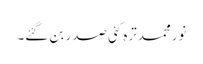
نورمحمدترہ کئی صدر بن گئے۔